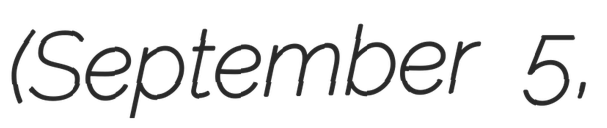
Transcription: (September 5,